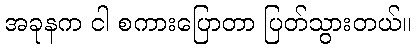
အခုနက ငါ စကားပြောတာ ပြတ်သွားတယ်။